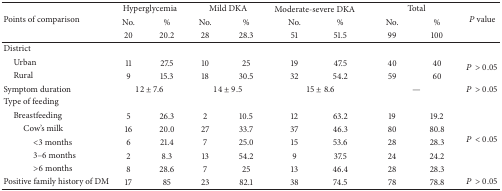
<table><thead><tr><td rowspan="3"><b>Points of comparison</b></td><td colspan="2"><b>Hyperglycemia</b></td><td colspan="2"><b>Mild DKA</b></td><td colspan="2"><b>Moderate-severe DKA</b></td><td colspan="2"><b>Total</b></td><td rowspan="3"><b><i>P</i> value</b></td></tr><tr><td><b>No.</b></td><td><b>%</b></td><td><b>No.</b></td><td><b>%</b></td><td><b>No.</b></td><td><b>%</b></td><td><b>No.</b></td><td><b>%</b></td></tr><tr><td><b>20</b></td><td><b>20.2</b></td><td><b>28</b></td><td><b>28.3</b></td><td><b>51</b></td><td><b>51.5</b></td><td><b>99</b></td><td><b>100</b></td></tr></thead><tbody><tr><td>District</td><td> </td><td> </td><td> </td><td> </td><td> </td><td> </td><td> </td><td> </td><td> </td></tr><tr><td> Urban</td><td>11</td><td>27.5</td><td>10</td><td>25</td><td>19</td><td>47.5</td><td>40</td><td>40</td><td rowspan="2"><i>P</i> &gt; 0.05</td></tr><tr><td> Rural</td><td>9</td><td>15.3</td><td>18</td><td>30.5</td><td>32</td><td>54.2</td><td>59</td><td>60</td></tr><tr><td>Symptom duration</td><td colspan="2">12 ± 7.6</td><td colspan="2">14 ± 9.5</td><td colspan="2">15 ± 8.6</td><td colspan="2">—</td><td><i>P</i> &gt; 0.05</td></tr><tr><td>Type of feeding</td><td> </td><td> </td><td> </td><td> </td><td> </td><td> </td><td> </td><td> </td><td> </td></tr><tr><td> Breastfeeding</td><td>5</td><td>26.3</td><td>2</td><td>10.5</td><td>12</td><td>63.2</td><td>19</td><td>19.2</td><td rowspan="5"><i>P</i> &lt; 0.05</td></tr><tr><td>Cow&#x27;s milk</td><td>16</td><td>20.0</td><td>27</td><td>33.7</td><td>37</td><td>46.3</td><td>80</td><td>80.8</td></tr><tr><td>&lt;3 months</td><td>6</td><td>21.4</td><td>7</td><td>25.0</td><td>15</td><td>53.6</td><td>28</td><td>28.3</td></tr><tr><td>3–6 months</td><td>2</td><td>8.3</td><td>13</td><td>54.2</td><td>9</td><td>37.5</td><td>24</td><td>24.2</td></tr><tr><td>&gt;6 months</td><td>8</td><td>28.6</td><td>7</td><td>25</td><td>13</td><td>46.4</td><td>28</td><td>28.3</td></tr><tr><td>Positive family history of DM</td><td>17</td><td>85</td><td>23</td><td>82.1</td><td>38</td><td>74.5</td><td>78</td><td>78.8</td><td><i>P</i> &gt; 0.05</td></tr></tbody></table>